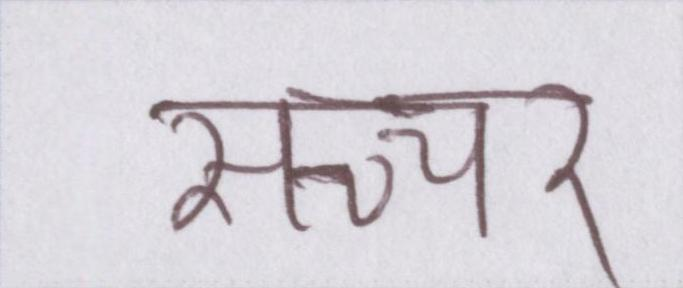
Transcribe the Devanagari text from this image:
सच्चर